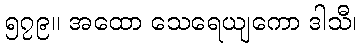
၅၇၉။ အထော သေရေယျကော ဒါသီ၊